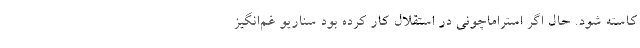
کاسته شود. حال اگر استراماچونی در استقلال کار کرده بود سناریو غم‌انگیز